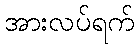
အားလပ်ရက်